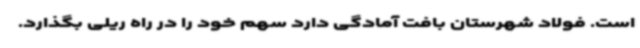
است. فولاد شهرستان بافت آمادگی دارد سهم خود را در راه ریلی بگذارد.